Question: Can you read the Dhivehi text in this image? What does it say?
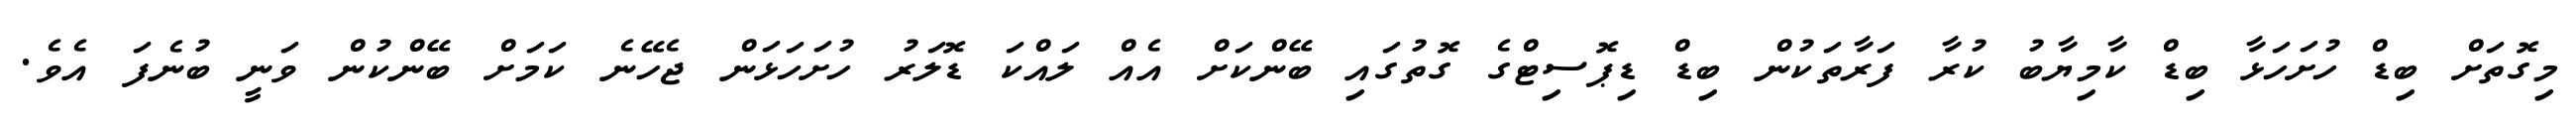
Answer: މިގޮތަށް ބިޑް ހުށަހަޅާ ބިޑް ކާމިޔާބު ކުރާ ފަރާތަކުން ބިޑް ޑިޕޮސިޓްގެ ގޮތުގައި ބޭންކަށް އެއް ލައްކަ ޑޮލަރު ހުށަހަޅަން ޖެހޭނެ ކަމަށް ބޭންކުން ވަނީ ބުނެފަ އެވެ.